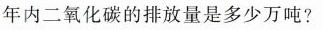
年内二氧化碳的排放量是多少万吨?